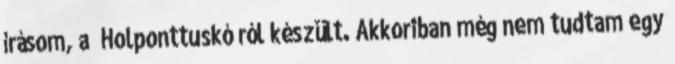
írásom, a Holponttuskóról készült. Akkoriban még nem tudtam egy